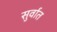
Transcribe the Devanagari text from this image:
सुर्वात